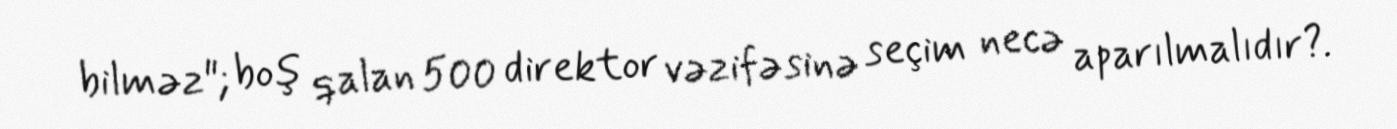
bilməz"; boş qalan 500 direktor vəzifəsinə seçim necə aparılmalıdır?.